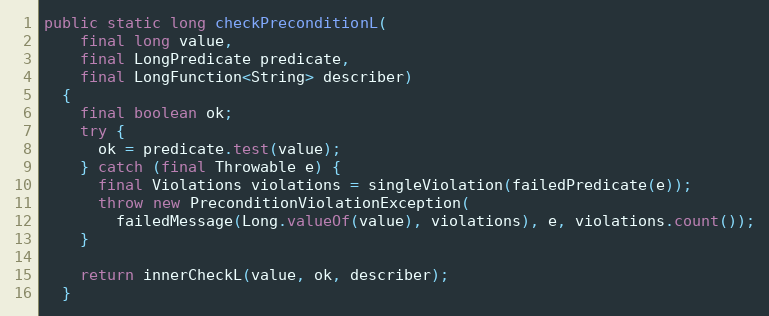
Language: Java
public static long checkPreconditionL(
    final long value,
    final LongPredicate predicate,
    final LongFunction<String> describer)
  {
    final boolean ok;
    try {
      ok = predicate.test(value);
    } catch (final Throwable e) {
      final Violations violations = singleViolation(failedPredicate(e));
      throw new PreconditionViolationException(
        failedMessage(Long.valueOf(value), violations), e, violations.count());
    }

    return innerCheckL(value, ok, describer);
  }